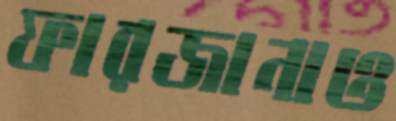
ফারজানাও